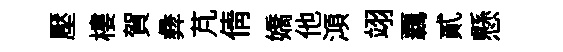
壓樓賀彜芃倩嬌他澒翊覊貳懸